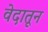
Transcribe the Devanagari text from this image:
वेदातून